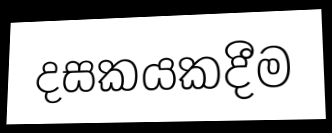
දසකයකදීම